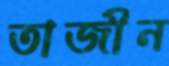
তাজীন